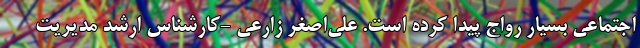
اجتماعی بسیار رواج پیدا کرده است. علی‌اصغر زارعی -کارشناس ارشد مدیریت